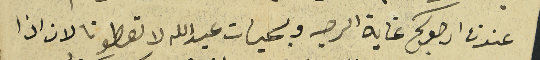
عندنا ارجوكم غاية الرجه وبحيات عبدالله لا تعطونا لان اذا